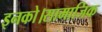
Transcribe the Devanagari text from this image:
इनको।सामाजिक